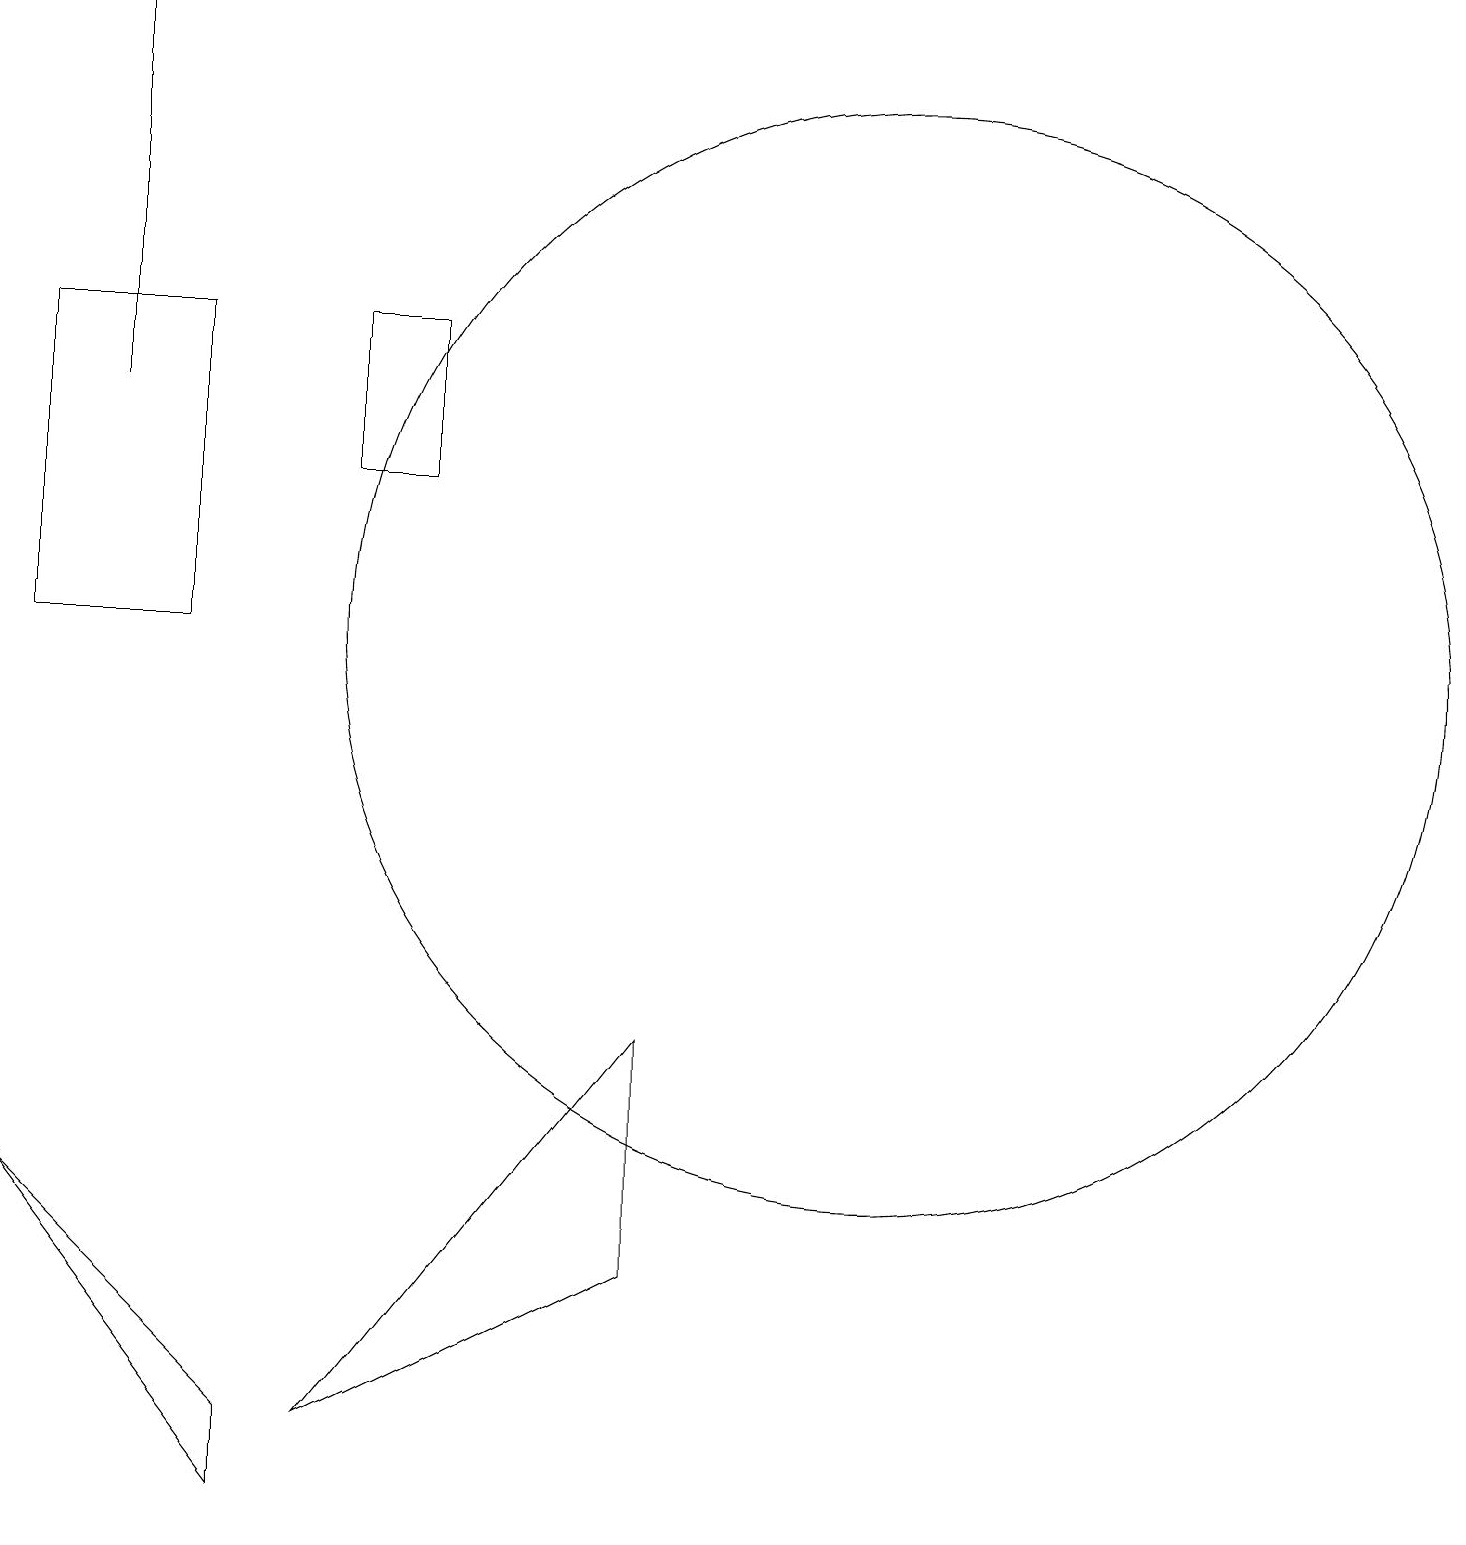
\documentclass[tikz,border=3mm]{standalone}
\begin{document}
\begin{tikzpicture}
\draw (1,19) rectangle (1,14);
\draw (8,3) -- (4,1) -- (8,6) -- cycle;
\draw (3,1) -- (3,0) -- (0,4) -- cycle;
\draw (11,11) circle (7);
\draw (10,10) circle (0);
\draw (4,15) rectangle (5,13);
\draw (0,11) rectangle (2,15);
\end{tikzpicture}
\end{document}